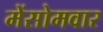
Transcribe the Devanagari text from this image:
मेंसोमवार